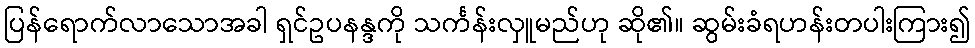
ပြန်ရောက်လာသောအခါ ရှင်ဥပနန္ဒကို သင်္ကန်းလှူမည်ဟု ဆို၏။ ဆွမ်းခံရဟန်းတပါးကြား၍